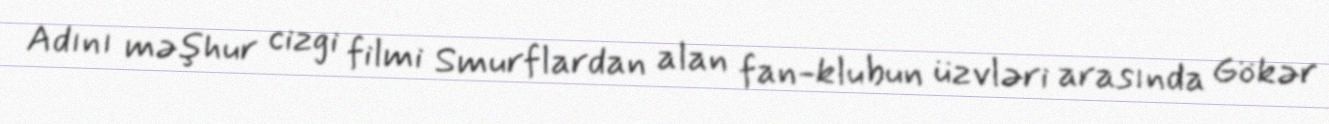
Adını məşhur cizgi filmi Smurflardan alan fan-klubun üzvləri arasında Gökər